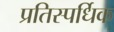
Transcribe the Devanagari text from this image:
प्रतिस्पर्धिक